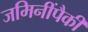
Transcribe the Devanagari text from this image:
जमिनींपैकी